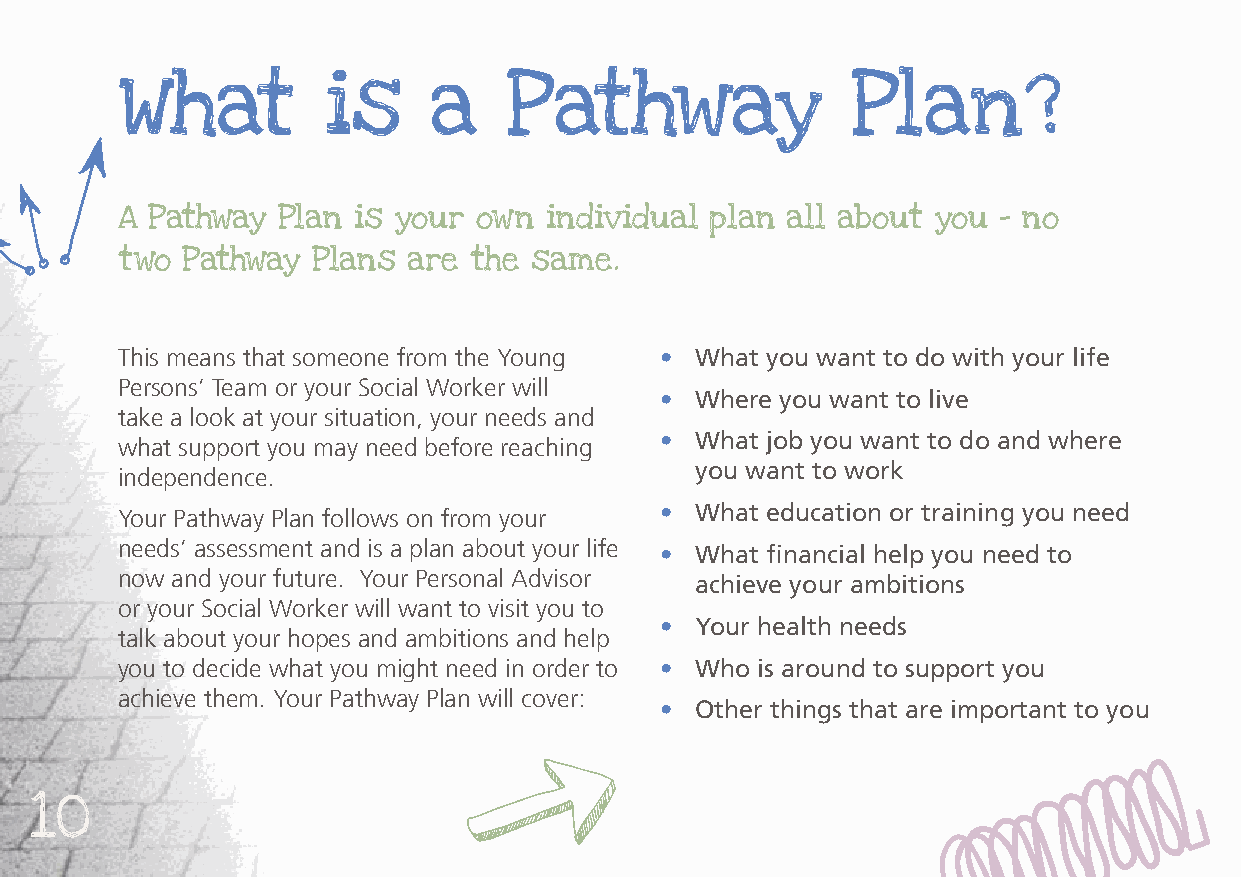
What         is     a     Pathway               Plan?
 A Pathway Plan is your  own individual plan all about you – no
 two Pathway  Plans are the same.
 This means that someone from the Young • What you want to do with your life
 Persons’ Team or your Social Worker will
 • Where you want to live
 take a look at your situation, your needs and
 • What job you want to do and where
 what support you may need before reaching
 you want to work
 independence.
 • What education or training you need
 Your Pathway Plan follows on from your
 needs’ assessment and is a plan about your life • What financial help you need to
 now and your future. Your Personal Advisor achieve your ambitions
 or your Social Worker will want to visit you to
 • Your health needs
 talk about your hopes and ambitions and help
 you to decide what you might need in order to • Who is around to support you
 achieve them. Your Pathway Plan will cover:
 • Other things that are important to you
 10